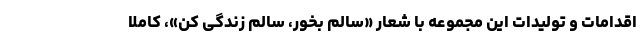
اقدامات و تولیدات این مجموعه با شعار «سالم بخور، سالم زندگی کن»، کاملا